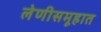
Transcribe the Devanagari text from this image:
लेणीसमूहात